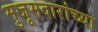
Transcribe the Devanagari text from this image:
मुजूमदारांच्या